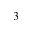
_ { 3 }